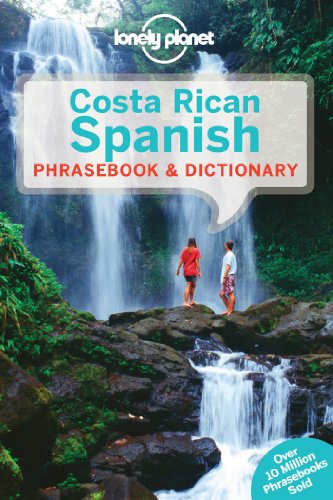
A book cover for Lonely Planet Costa Rican Spanish Phrasebook & Dictionary (Lonely Planet Phrasebooks); Lonely Planet; Literature & Fiction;